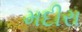
મદીરા